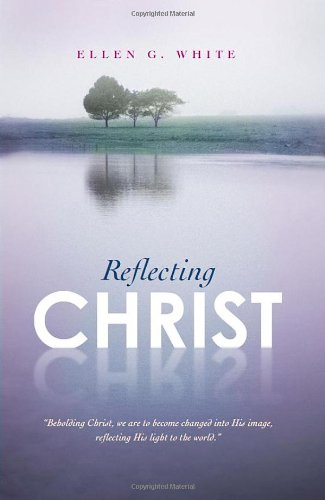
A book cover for Reflecting Christ; Ellen G. White; Christian Books & Bibles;